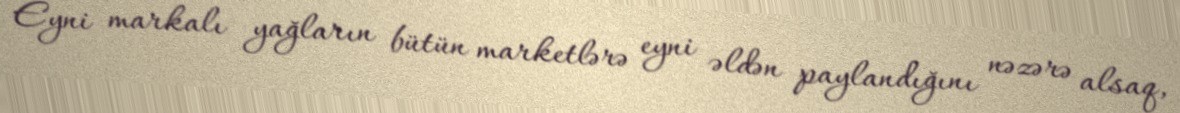
Eyni markalı yağların bütün marketlərə eyni əldən paylandığını nəzərə alsaq,